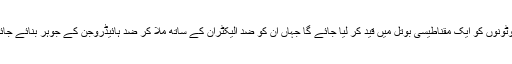
ضد پروٹونوں کو ایک مقناطیسی بوتل میں قید کر لیا جائے گا جہاں ان کو ضد الیکٹران کے ساتھ ملا کر ضد ہائیڈروجن کے جوہر بنائے جائیں گے۔